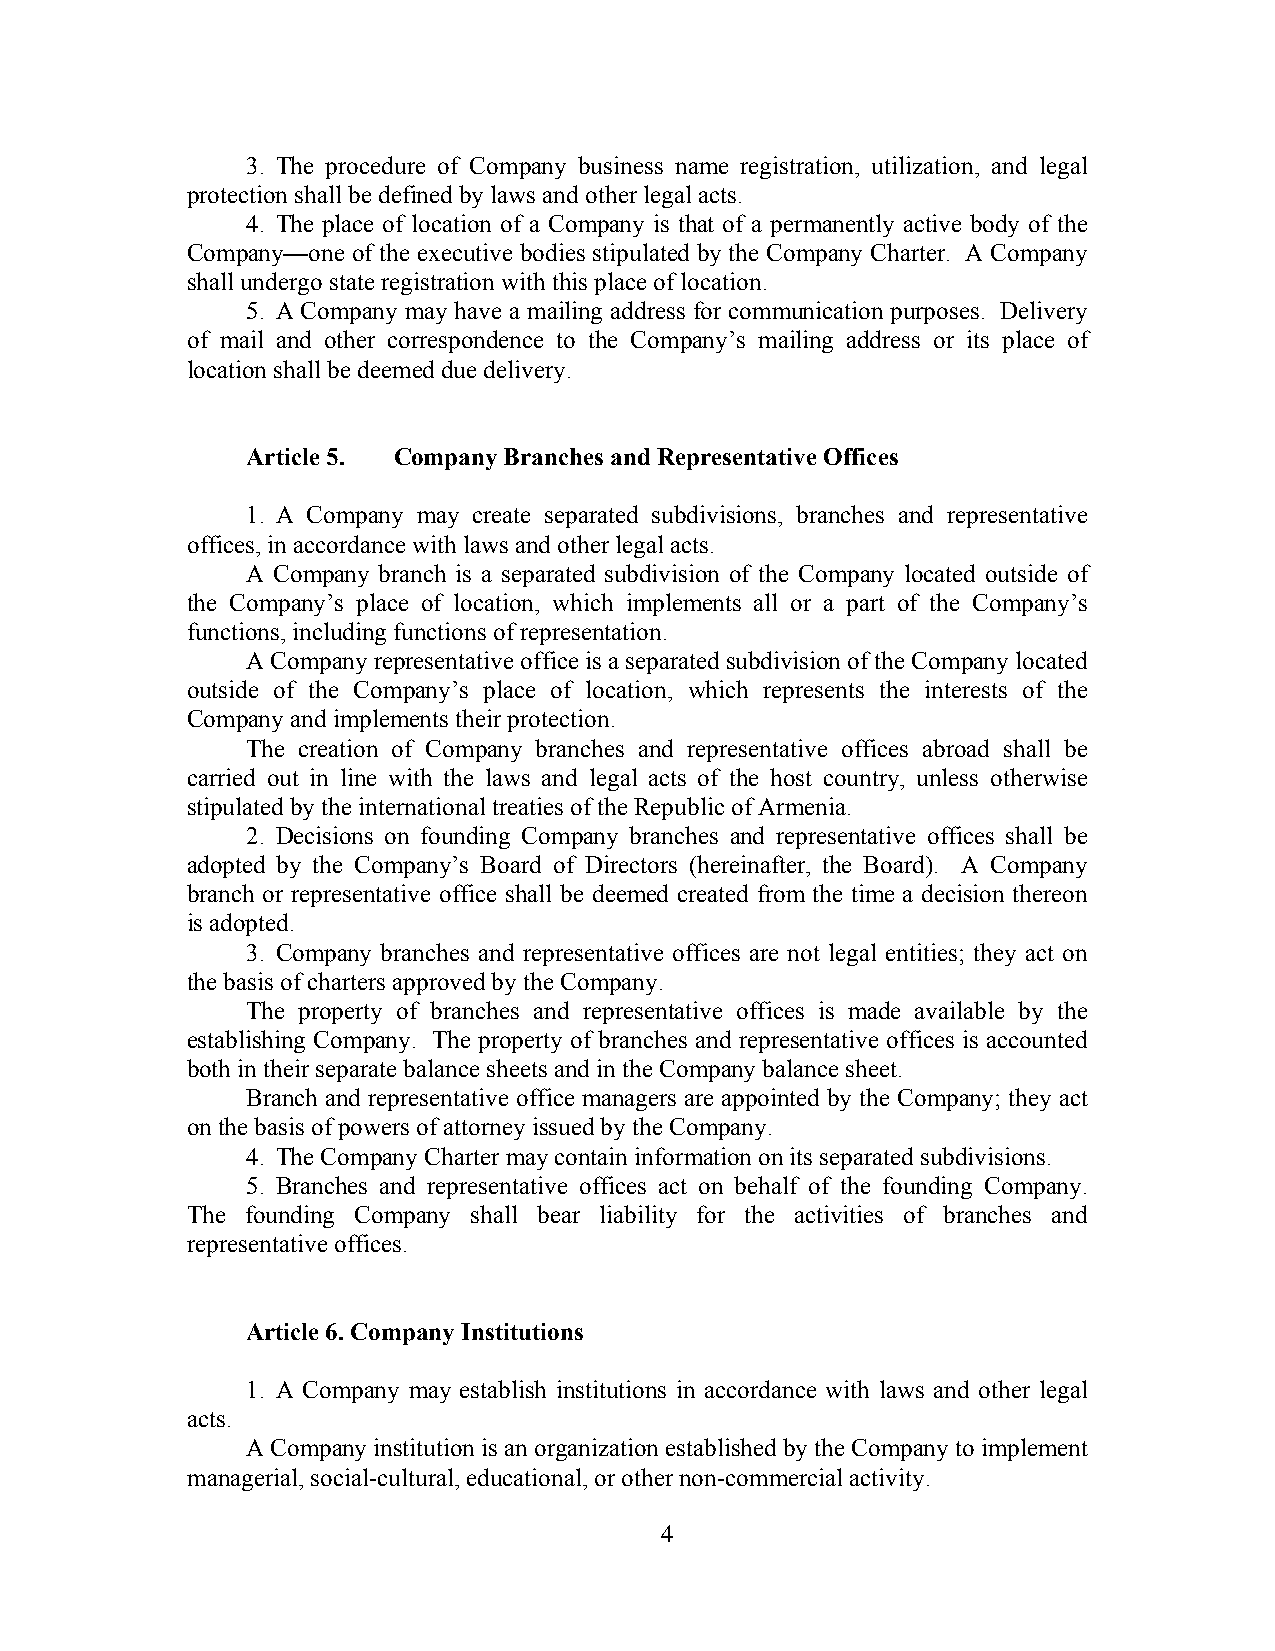
3. The procedure of Company business name registration, utilization, and legal
 protection shall be defined by laws and other legal acts.
 4. The place of location of a Company is that of a permanently active body of the
 Company—one of the executive bodies stipulated by the Company Charter. A Company
 shall undergo state registration with this place of location.
 5. A Company may have a mailing address for communication purposes. Delivery
 of mail and other correspondence to the Company’s mailing address or its place of
 location shall be deemed due delivery.
 Article 5. Company Branches and Representative Offices
 1. A Company may create separated subdivisions, branches and representative
 offices, in accordance with laws and other legal acts.
 A Company branch is a separated subdivision of the Company located outside of
 the Company’s place of location, which implements all or a part of the Company’s
 functions, including functions of representation.
 A Company representative office is a separated subdivision of the Company located
 outside of the Company’s place of location, which represents the interests of the
 Company and implements their protection.
 The creation of Company branches and representative offices abroad shall be
 carried out in line with the laws and legal acts of the host country, unless otherwise
 stipulated by the international treaties of the Republic of Armenia.
 2. Decisions on founding Company branches and representative offices shall be
 adopted by the Company’s Board of Directors (hereinafter, the Board). A Company
 branch or representative office shall be deemed created from the time a decision thereon
 is adopted.
 3. Company branches and representative offices are not legal entities; they act on
 the basis of charters approved by the Company.
 The property of branches and representative offices is made available by the
 establishing Company. The property of branches and representative offices is accounted
 both in their separate balance sheets and in the Company balance sheet.
 Branch and representative office managers are appointed by the Company; they act
 on the basis of powers of attorney issued by the Company.
 4. The Company Charter may contain information on its separated subdivisions.
 5. Branches and representative offices act on behalf of the founding Company.
 The founding Company shall bear liability for the activities of branches and
 representative offices.
 Article 6. Company Institutions
 1. A Company may establish institutions in accordance with laws and other legal
 acts.
 A Company institution is an organization established by the Company to implement
 managerial, social-cultural, educational, or other non-commercial activity.
 4